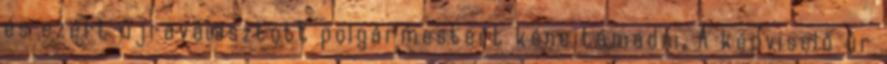
és ezért újraválasztott polgármestert kéne támadni. A képviselő úr